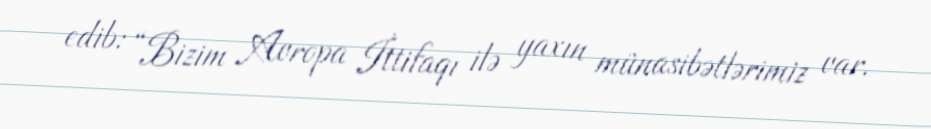
edib: “Bizim Avropa İttifaqı ilə yaxın münasibətlərimiz var.